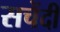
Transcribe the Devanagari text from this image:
सचेंदी